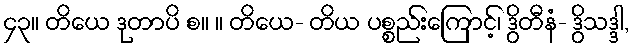
၄၃။ တိယေ ဒုတာပိ စ။ ။ တိယေ- တိယ ပစ္စည်းကြောင့်၊ ဒွိတီနံ- ဒွိသဒ္ဒါ,